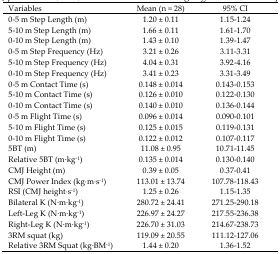
<table><thead><tr><td><b>Variables</b></td><td><b>Mean (n = 28)</b></td><td><b>95% CI</b></td></tr></thead><tbody><tr><td>0–5 m Step Length (m)</td><td>1.20 ± 0.11</td><td>1.15–1.24</td></tr><tr><td>5–10 m Step Length (m)</td><td>1.66 ± 0.11</td><td>1.61–1.70</td></tr><tr><td>0–10 m Step Length (m)</td><td>1.43 ± 0.10</td><td>1.39–1.47</td></tr><tr><td>0–5 m Step Frequency (Hz)</td><td>3.21 ± 0.26</td><td>3.11–3.31</td></tr><tr><td>5–10 m Step Frequency (Hz)</td><td>4.04 ± 0.31</td><td>3.92–4.16</td></tr><tr><td>0–10 m Step Frequency (Hz)</td><td>3.41 ± 0.23</td><td>3.31–3.49</td></tr><tr><td>0–5 m Contact Time (s)</td><td>0.148 ± 0.014</td><td>0.143–0.153</td></tr><tr><td>5–10 m Contact Time (s)</td><td>0.126 ± 0.010</td><td>0.122–0.130</td></tr><tr><td>0–10 m Contact Time (s)</td><td>0.140 ± 0.010</td><td>0.136–0.144</td></tr><tr><td>0–5 m Flight Time (s)</td><td>0.096 ± 0.014</td><td>0.090–0.101</td></tr><tr><td>5–10 m Flight Time (s)</td><td>0.125 ± 0.015</td><td>0.119–0.131</td></tr><tr><td>0–10 m Flight Time (s)</td><td>0.122 ± 0.012</td><td>0.107–0.117</td></tr><tr><td>5BT (m)</td><td>11.08 ± 0.95</td><td>10.71–11.45</td></tr><tr><td>Relative 5BT (m·kg<sup>−1</sup>)</td><td>0.135 ± 0.014</td><td>0.130–0.140</td></tr><tr><td>CMJ Height (m)</td><td>0.39 ± 0.05</td><td>0.37–0.41</td></tr><tr><td>CMJ Power Index (kg·m·s<sup>−1</sup>)</td><td>113.01 ± 13.74</td><td>107.78–118.43</td></tr><tr><td>RSI (CMJ height·s<sup>−1</sup>)</td><td>1.25 ± 0.26</td><td>1.15–1.35</td></tr><tr><td>Bilateral K (N·m·kg<sup>−1</sup>)</td><td>280.72 ± 24.41</td><td>271.25–290.18</td></tr><tr><td>Left-Leg K (N·m·kg<sup>−1</sup>)</td><td>226.97 ± 24.27</td><td>217.55–236.38</td></tr><tr><td>Right-Leg K (N·m·kg<sup>−1</sup>)</td><td>226.70 ± 31.03</td><td>214.67–238.73</td></tr><tr><td>3RM squat (kg)</td><td>119.09 ± 20.55</td><td>111.12–127.06</td></tr><tr><td>Relative 3RM Squat (kg·BM<sup>−1</sup>)</td><td>1.44 ± 0.20</td><td>1.36–1.52</td></tr></tbody></table>